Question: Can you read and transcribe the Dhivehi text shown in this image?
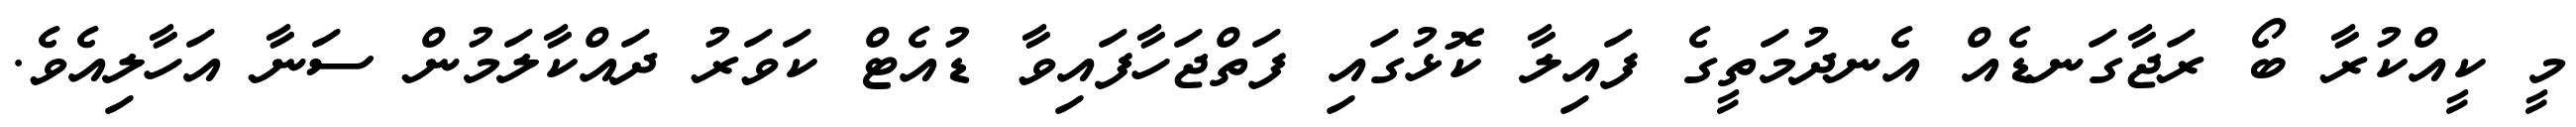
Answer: މީ ކީއްކުރާ ބޯ ރަޖާގަނޑެއް އެނދުމަތީގެ ފައިލާ ކޮޅުގައި ފަތްޖަހާފައިވާ ޑުއެޓް ކަވަރު ދައްކާލަމުން ސަނާ އަހާލިއެވެ.